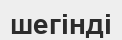
шегінді